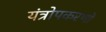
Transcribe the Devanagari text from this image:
यंत्रोपकरणों